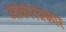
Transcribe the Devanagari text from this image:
आकारप्रकार